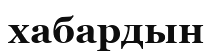
хабардын